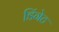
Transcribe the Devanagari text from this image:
डिंगेट